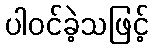
ပါဝင်ခဲ့သဖြင့်